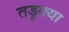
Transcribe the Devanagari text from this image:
तडूक्या